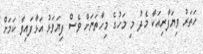
ހަތަރު ވިޔަފާރިއަކާ މެދު މި މަހުގެ މިހާތަނަށް ވެސް ފިޔަވަޅު އަޅާފައިވާ ކަމަށް